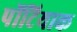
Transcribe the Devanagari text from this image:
पोंटियाक